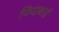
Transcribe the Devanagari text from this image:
फिदाबाई